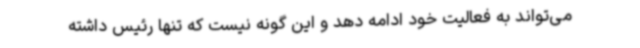
می‌تواند به فعالیت خود ادامه دهد و این‌ گونه نیست که تنها رئیس داشته